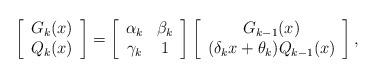
LaTeX: \begin{align*}\left[ \begin{array}{c} G_k(x) \\ Q_k(x) \end{array} \right]= \left[\begin{array}{cc} \alpha_k & \beta_k \\ \gamma_k & 1 \end{array} \right]\left[\begin{array}{c} G_{k-1}(x) \\ (\delta_k x + \theta_k) Q_{k-1}(x) \end{array} \right],\end{align*}